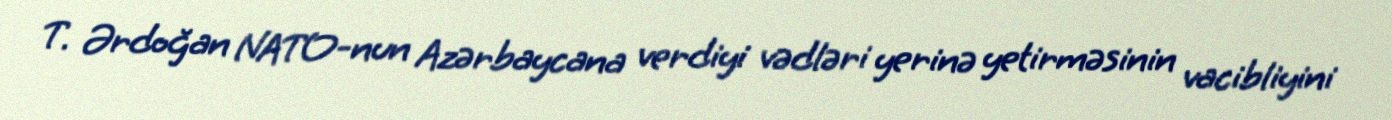
T. Ərdoğan NATO-nun Azərbaycana verdiyi vədləri yerinə yetirməsinin vacibliyini